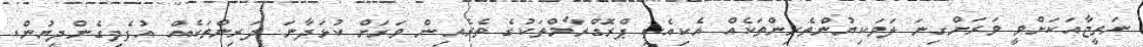
ނަތީޖާއަކަށްވީ ވަރަށްގިނަ ލަވަކިޔުންތެރިންތަކެއް އެކިއެކި ޕްރޮގްރާމްތަކުގެ ތެރެއިން ވަރަށް ކުޅަދާނަ ދަރިންތަކެއް އުފެދިގެންދިޔުން.